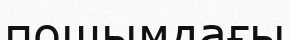
пошымдағы